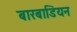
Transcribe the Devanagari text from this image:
बारबाडियन